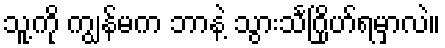
သူ့ကို ကျွန်မက ဘာနဲ့ သွားသင်္ဂြိုဟ်ရမှာလဲ။